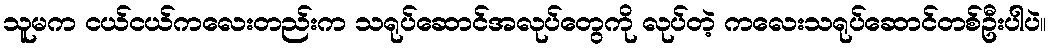
သူမက ငယ်ငယ်ကလေးတည်းက သရုပ်ဆောင်အလုပ်တွေကို လုပ်တဲ့ ကလေးသရုပ်ဆောင်တစ်ဦးပါပဲ။